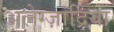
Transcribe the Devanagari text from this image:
अलेग्ज़ांद्रिया